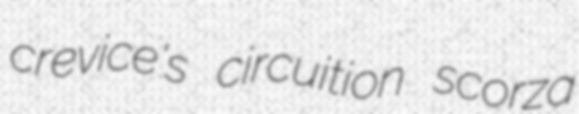
crevice's circuition scorza